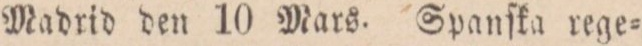
Madrid den 10 Mars. Spanſka rege=